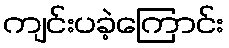
ကျင်းပခဲ့ကြောင်း